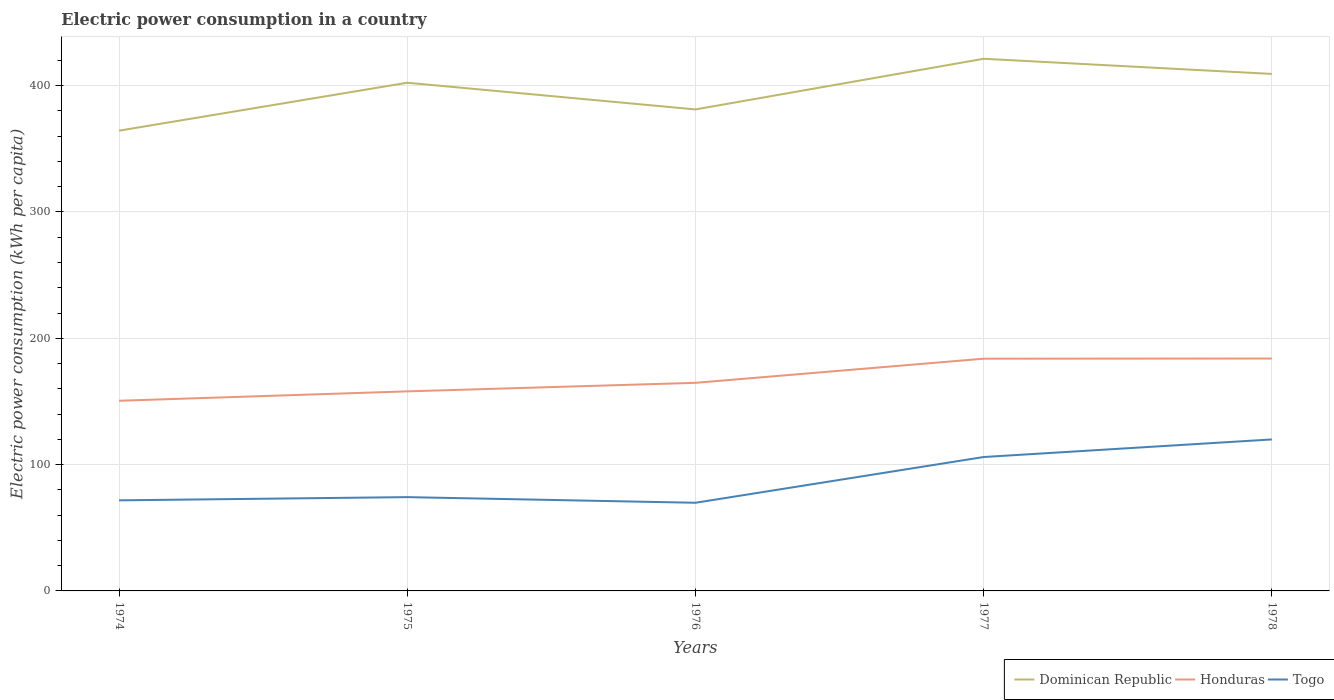
| Years | Dominican Republic | Honduras | Togo |
 | --- | --- | --- | --- |
 | 1974 | 364 | 151 | 71.7 |
 | 1975 | 402 | 158 | 74.3 |
 | 1976 | 381 | 165 | 69.8 |
 | 1977 | 421 | 184 | 106 |
 | 1978 | 409 | 184 | 120 |